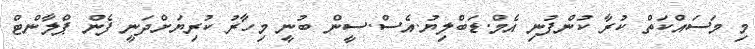
މި މަސައްކަތް ކުރާ ކުންފުނި އެމް.ޑަބްލިޔު.އެސް.ސީން ބުނީ މިހާރު ކުރިޔަށްދަނީ ފެން ޕްލާންޓް